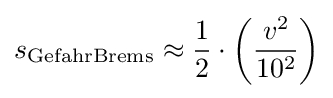
s_{\mathrm {GefahrBrems} }\approx {\frac {1}{2}}\cdot \left({\frac {v^{2}}{10^{2}}}\right)